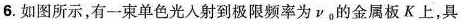
6.如图所示，有一束单色光入射到极限频率为v_{0}的金属板K上，具